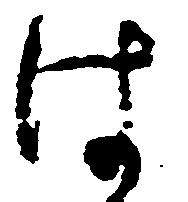
は